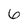
Character: 6